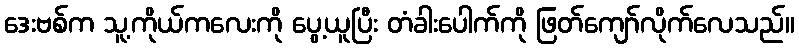
ဒေးဗစ်က သူ့ကိုယ်ကလေးကို ပွေ့ယူပြီး တံခါးပေါက်ကို ဖြတ်ကျော်လိုက်လေသည်။